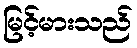
မြင့်မားသည်